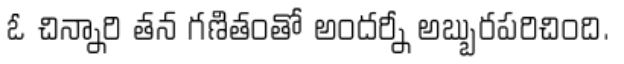
ఓ చిన్నారి తన గణితంతో అందర్నీ అబ్బురపరిచింది.